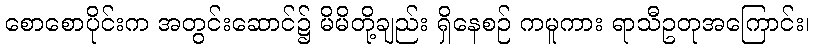
စောစောပိုင်းက အတွင်းဆောင်၌ မိမိတို့ချည်း ရှိနေစဉ် ကမူကား ရာသီဥတုအကြောင်း၊